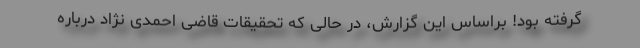
گرفته بود! براساس این گزارش، در حالی که تحقیقات قاضی احمدی نژاد درباره